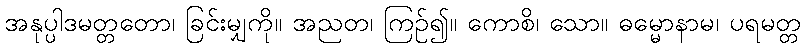
အနုပ္ပါဒမတ္တတော၊ ခြင်းမျှကို။ အညတ၊ ကြဉ်၍။ ကောစိ၊ သော။ ဓမ္မောနာမ၊ ပရမတ္တ